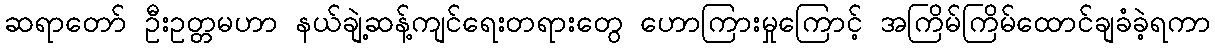
ဆရာတော် ဦးဥတ္တမဟာ နယ်ချဲ့ဆန့်ကျင်ရေးတရားတွေ ဟောကြားမှုကြောင့် အကြိမ်ကြိမ်ထောင်ချခံခဲ့ရကာ